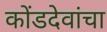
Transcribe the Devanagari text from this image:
कोंडदेवांचा